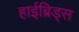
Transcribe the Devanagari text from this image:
हाईब्रिड्स